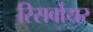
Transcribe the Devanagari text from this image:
रिसर्वोयर